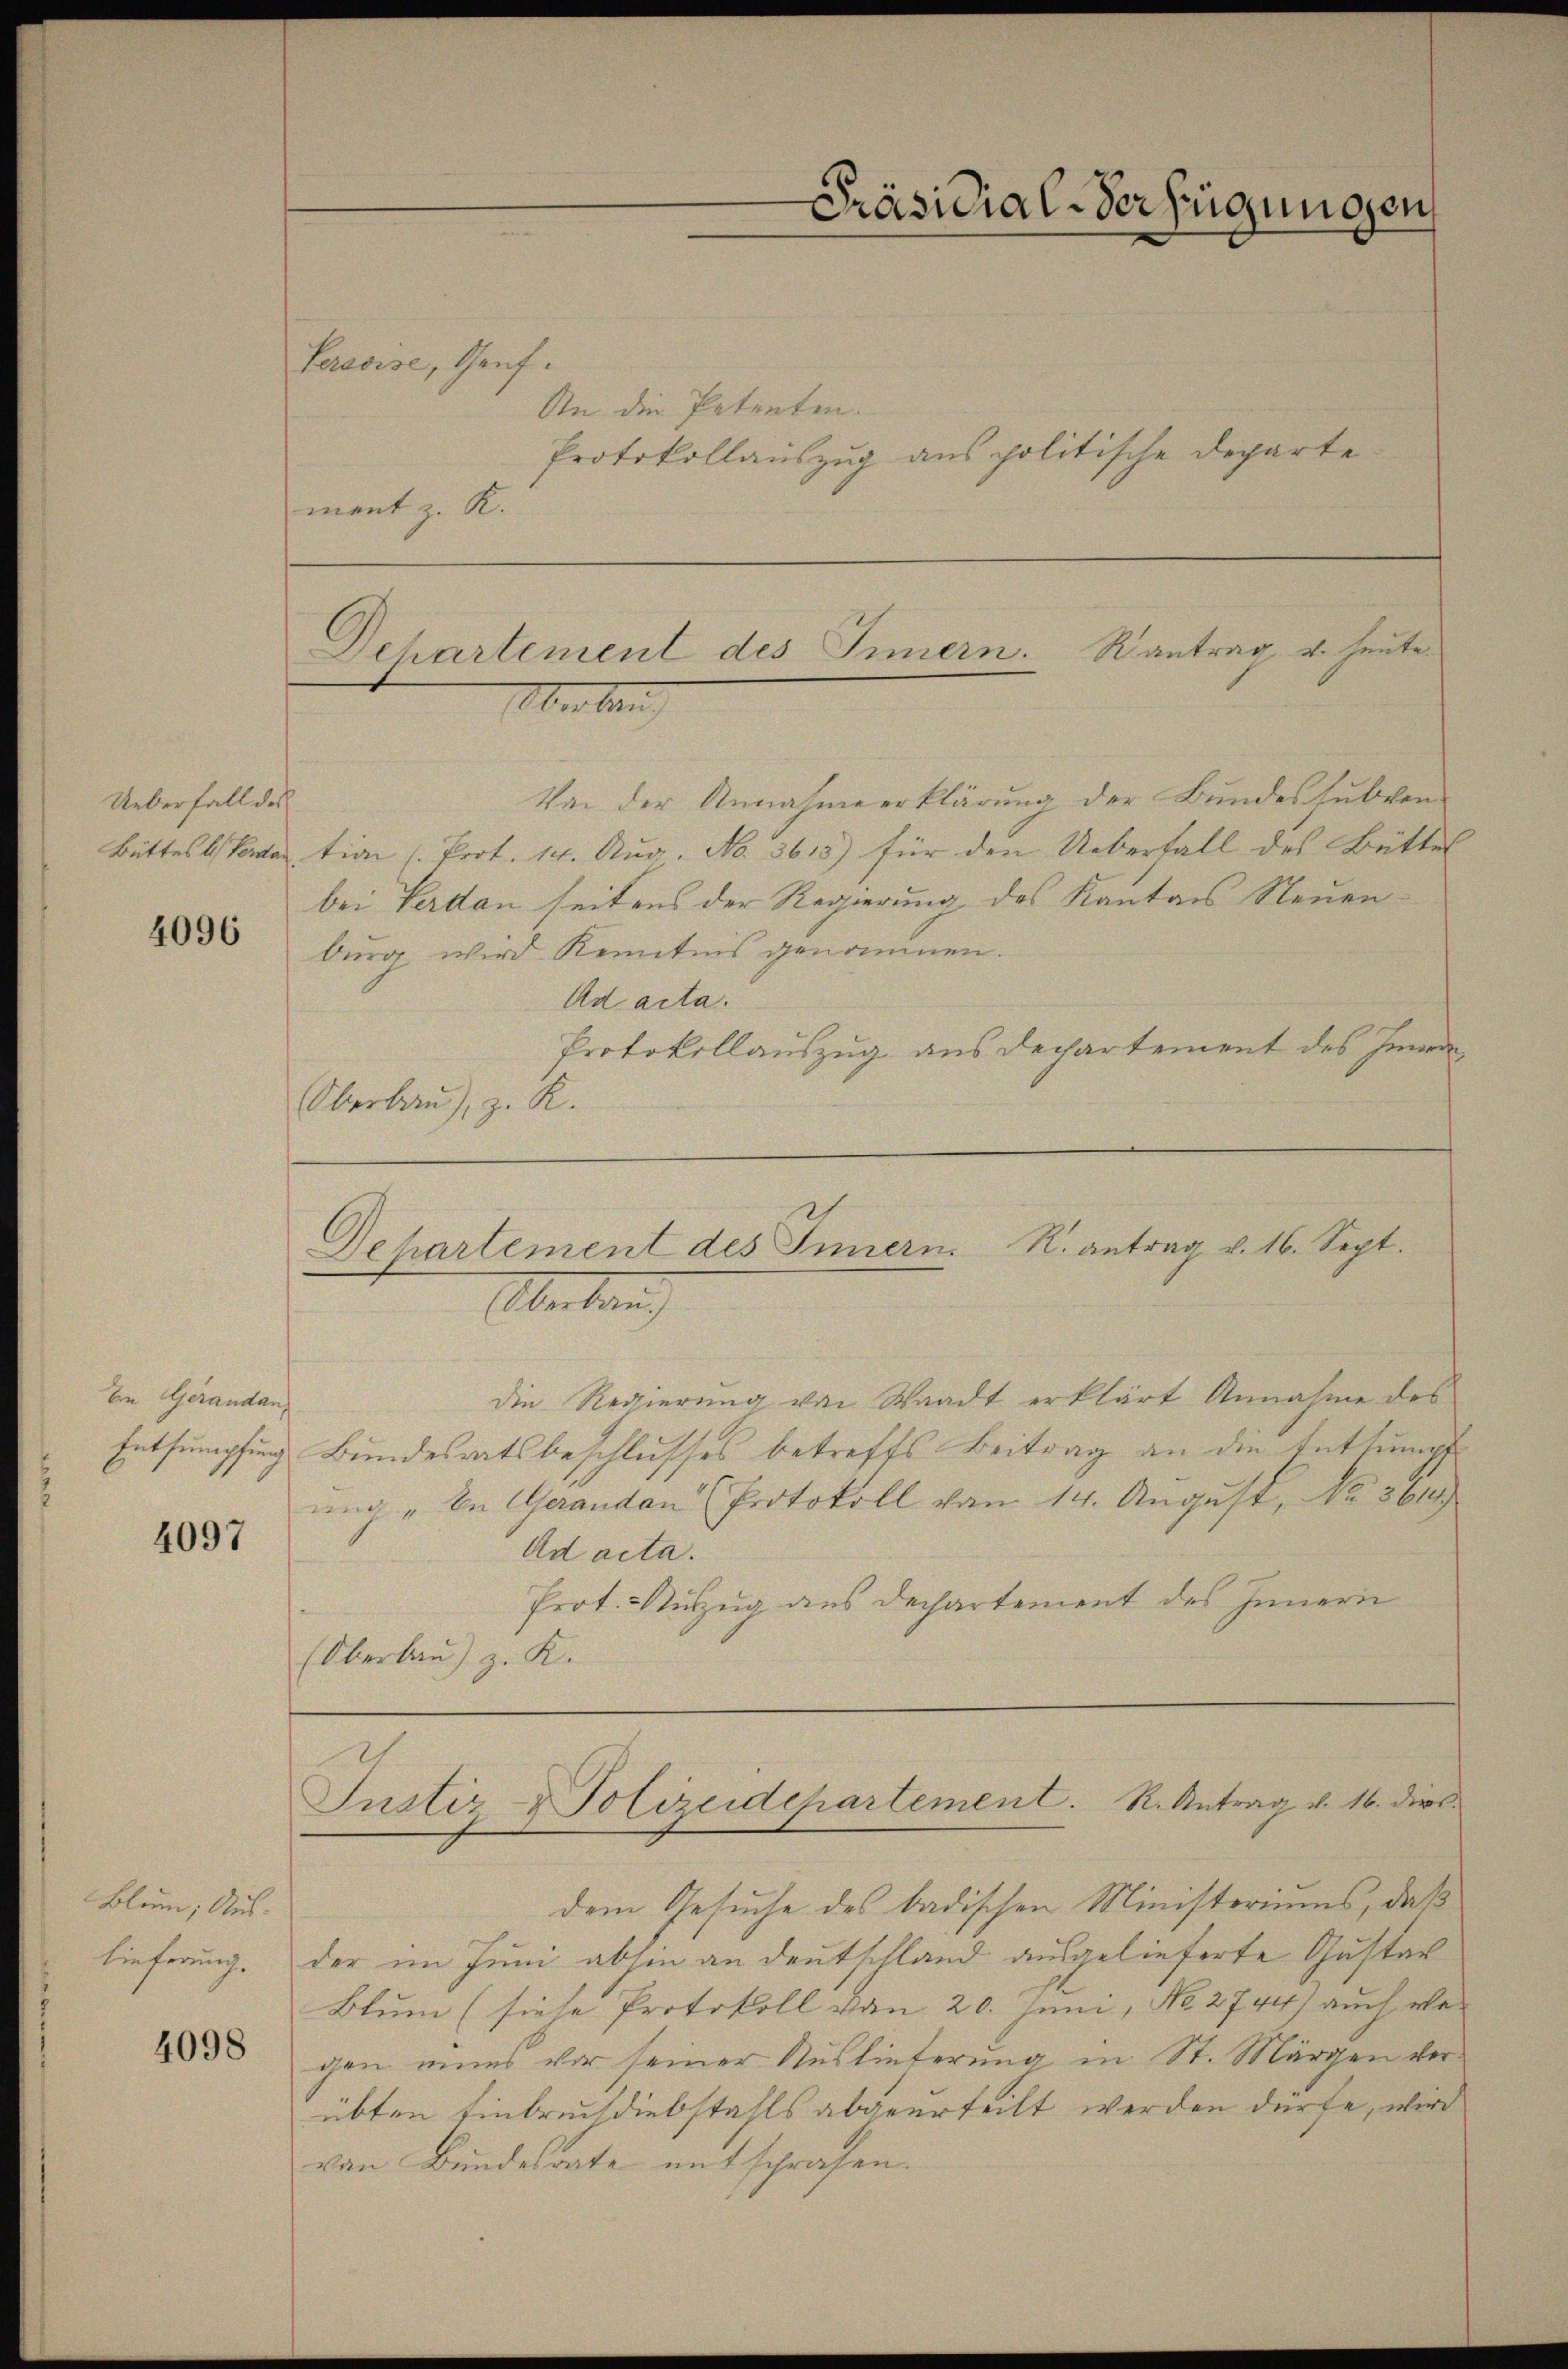
u
Präsidial-Verfügungen

Paravise, Genf.
An die Petenten.
Protokollauszug aus politische Departe
ment z. R.

Dehartement des Innern. Rantrag u. heute
Oberlang

Von der Annahmeerklärung der Bundessubven
Battes Verdar tien (Prot. 14. Aŭg. No. 3615) für den Ueberfall des Bütter
bei Verdan seitens der Regierung des Kantons Neuenburg wird Kenntnis genommen.
Ad acta.
Protokollauszug aus Dechartement des Inner
Oberbau), z. R.
Dehartement des Innern R. antrag v. 16. Sept.

Ueberfall des

4096

Oberlang

die Regierŭng von Waadt erklärt Annahme des
Entsumpfung Bundesratsbeschlusses betreffs Beitrag an die Entsumpf
unch „In Geranden Protokoll vom 14. August, No 301
Ad acta.
Prot. Auszug aus Dechartement des Innern
(Oberlau) z. K.

In Gerandan

4097

Justiz- & Polizeidepartement. R. Antrag v. 16. dies

dem Gesuche des badischen Ministeriums, daß
der im Juni abhin an Deutschland ausgelieferte Gustav
Blum (siehe Protokoll von 20. Juni, No 2744) auch ver
gen eines vor seiner Auslieferung in St. Margen ver-
übten Einbruch diebstahls abgeurteilt werden dürfe, wird
von Bundesrate entschrafen.

Blum; Aus- |
Lieferung.

4098